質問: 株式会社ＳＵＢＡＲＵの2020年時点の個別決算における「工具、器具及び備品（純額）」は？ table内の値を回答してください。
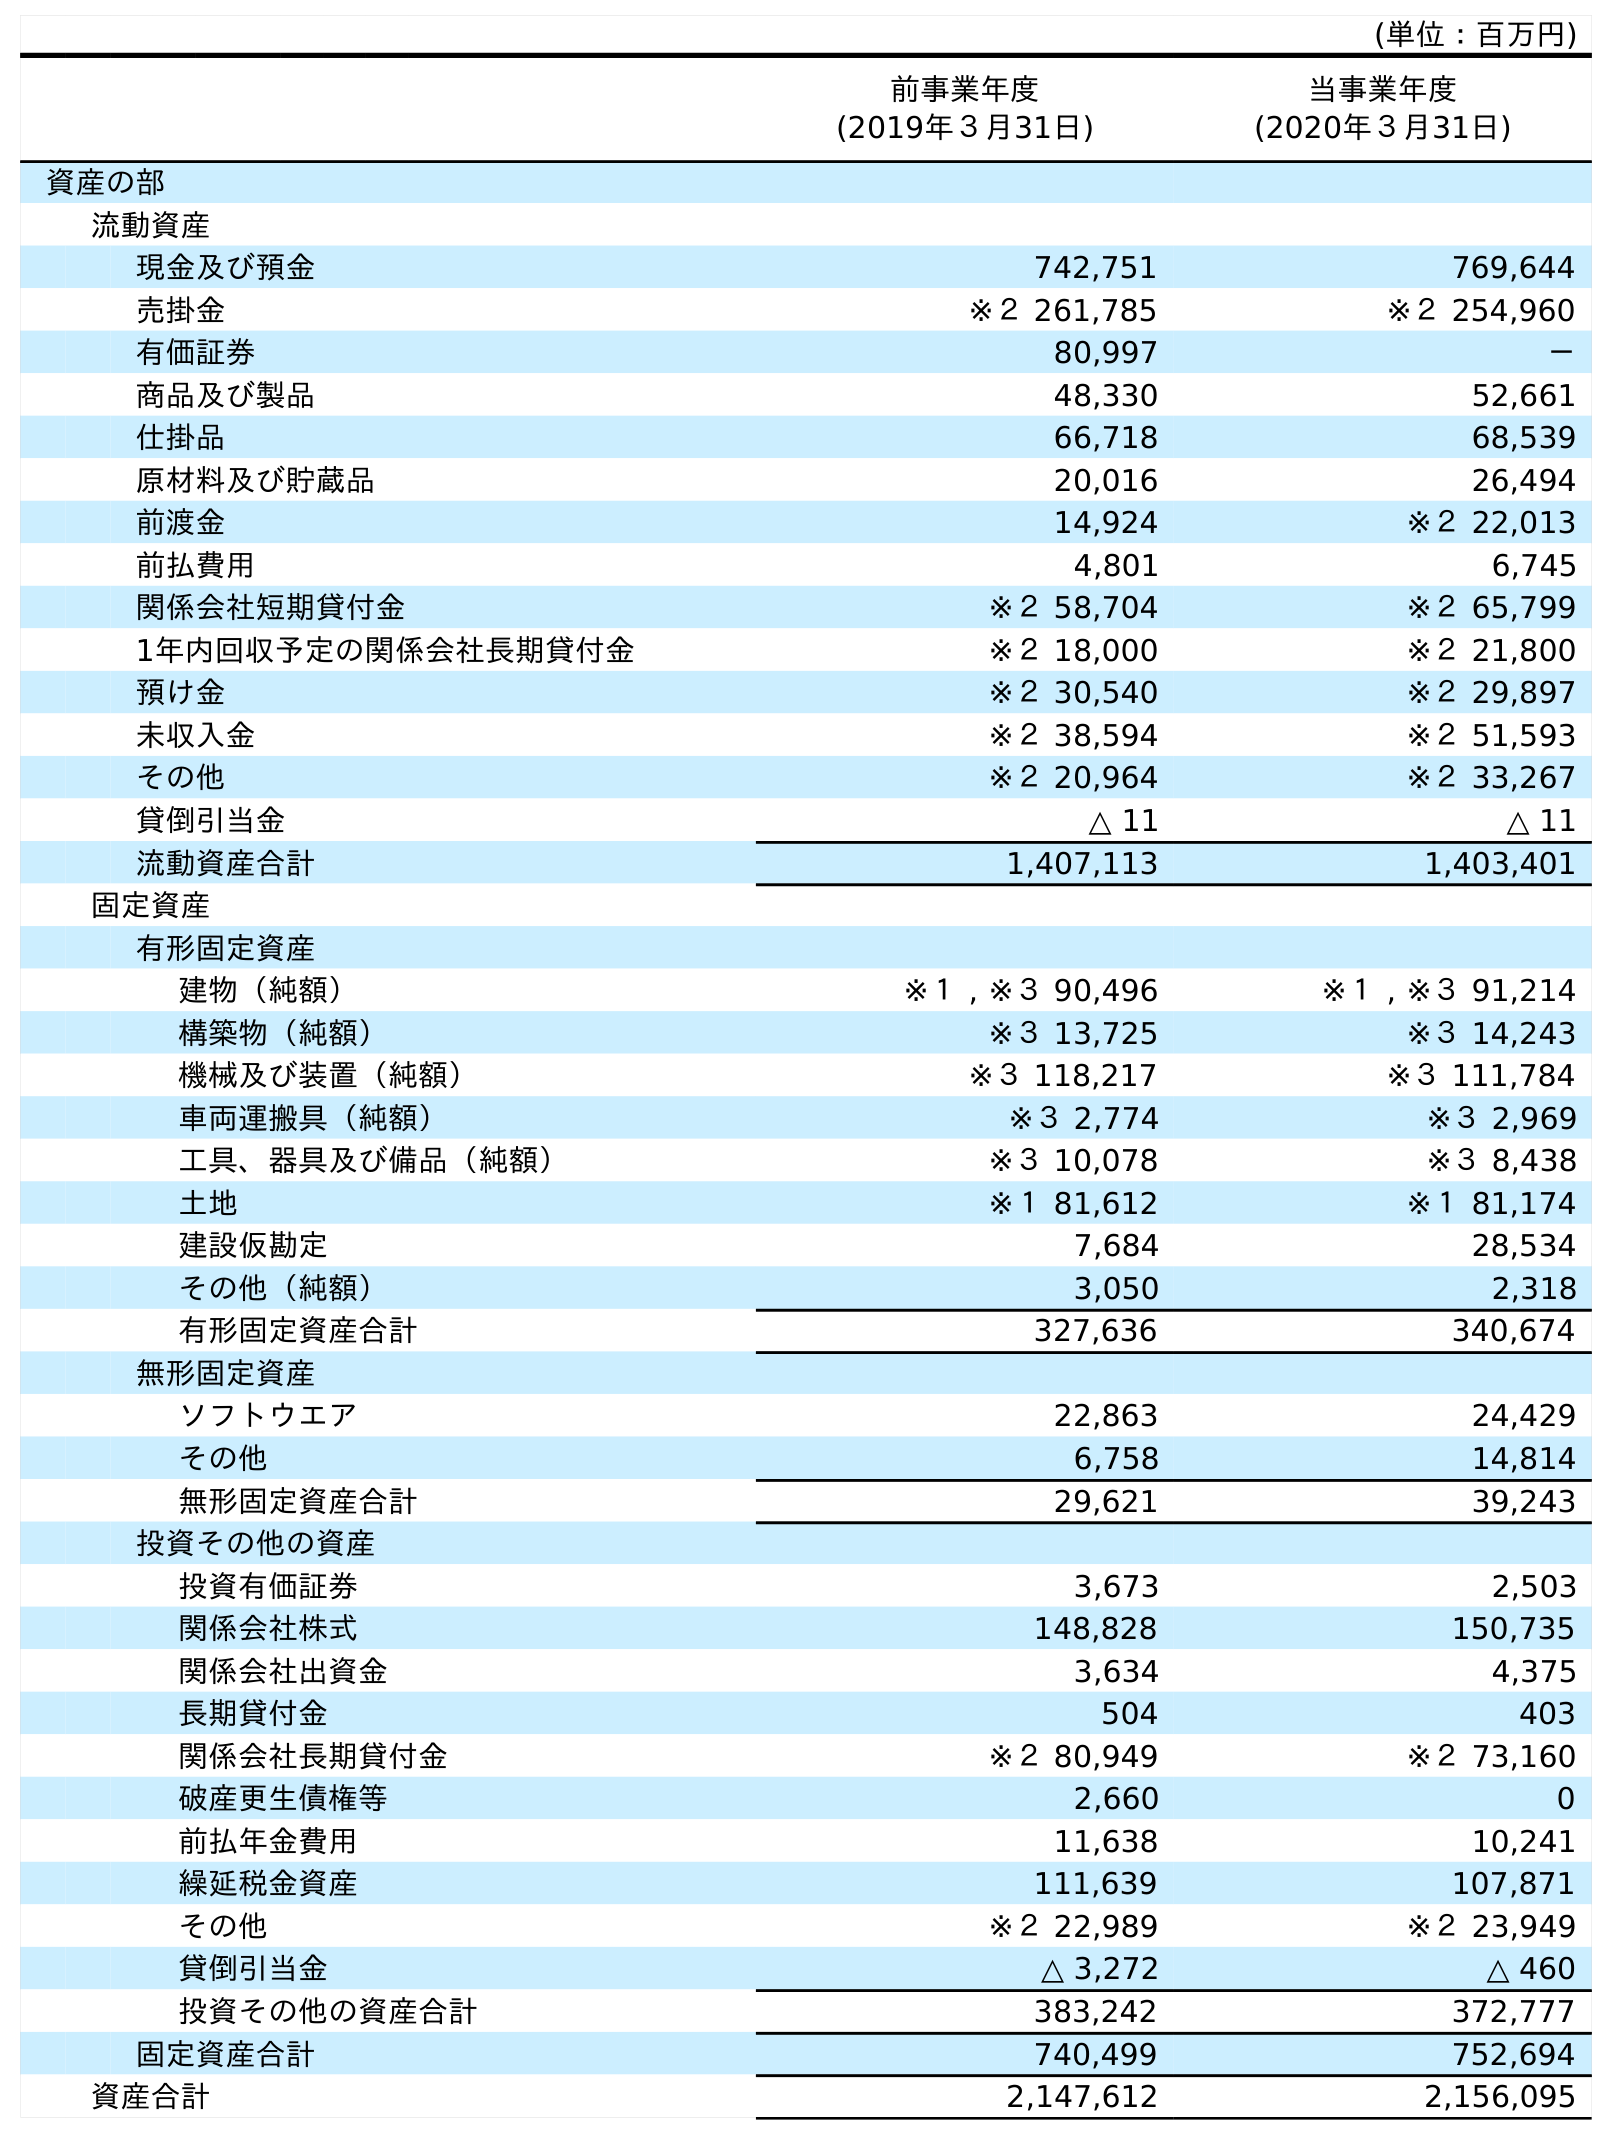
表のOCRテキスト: (単位：百万円) 前事業年度 (2019年３月31日) 当事業年度 (2020年３月31日) 資産の部 流動資産 現金及び預金 742,751 769,644 売掛金 ※２ 261,785 ※２ 254,960 有価証券 80,997 － 商品及び製品 48,330 52,661 仕掛品 66,718 68,539 原材料及び貯蔵品 20,016 26,494 前渡金 14,924 ※２ 22,013 前払費用 4,801 6,745 関係会社短期貸付金 ※２ 58,704 ※２ 65,799 1年内回収予定の関係会社長期貸付金 ※２ 18,000 ※２ 21,800 預け金 ※２ 30,540 ※２ 29,897 未収入金 ※２ 38,594 ※２ 51,593 その他 ※２ 20,964 ※２ 33,267 貸倒引当金 △ 11 △ 11 流動資産合計 1,407,113 1,403,401 固定資産 有形固定資産 建物（純額） ※１ , ※３ 90,496 ※１ , ※３ 91,214 構築物（純額） ※３ 13,725 ※３ 14,243 機械及び装置（純額） ※３ 118,217 ※３ 111,784 車両運搬具（純額） ※３ 2,774 ※３ 2,969 工具、器具及び備品（純額） ※３ 10,078 ※３ 8,438 土地 ※１ 81,612 ※１ 81,174 建設仮勘定 7,684 28,534 その他（純額） 3,050 2,318 有形固定資産合計 327,636 340,674 無形固定資産 ソフトウエア 22,863 24,429 その他 6,758 14,814 無形固定資産合計 29,621 39,243 投資その他の資産 投資有価証券 3,673 2,503 関係会社株式 148,828 150,735 関係会社出資金 3,634 4,375 長期貸付金 504 403 関係会社長期貸付金 ※２ 80,949 ※２ 73,160 破産更生債権等 2,660 0 前払年金費用 11,638 10,241 繰延税金資産 111,639 107,871 その他 ※２ 22,989 ※２ 23,949 貸倒引当金 △ 3,272 △ 460 投資その他の資産合計 383,242 372,777 固定資産合計 740,499 752,694 資産合計 2,147,612 2,156,095
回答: ※３8,438